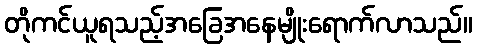
တိုကင်ယူရသည့်အခြေအနေမျိုးရောက်လာသည်။